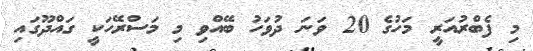
މި ފެބްރުއަރީ މަހުގެ 20 ވަނަ ދުވަހު ބޭއްވި މި މަސްރޭހަކީ ގައްދޫގައި